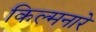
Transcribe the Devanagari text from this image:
किल्मनारे